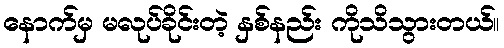
နောက်မှ မလုပ်ခိုင်းတဲ့ နှစ်နည်း ကိုသိသွားတယ်။